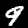
Label: 9